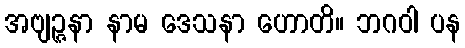
အဗျဉ္ဇနာ နာမ ဒေသနာ ဟောတိ။ ဘဂဝါ ပန